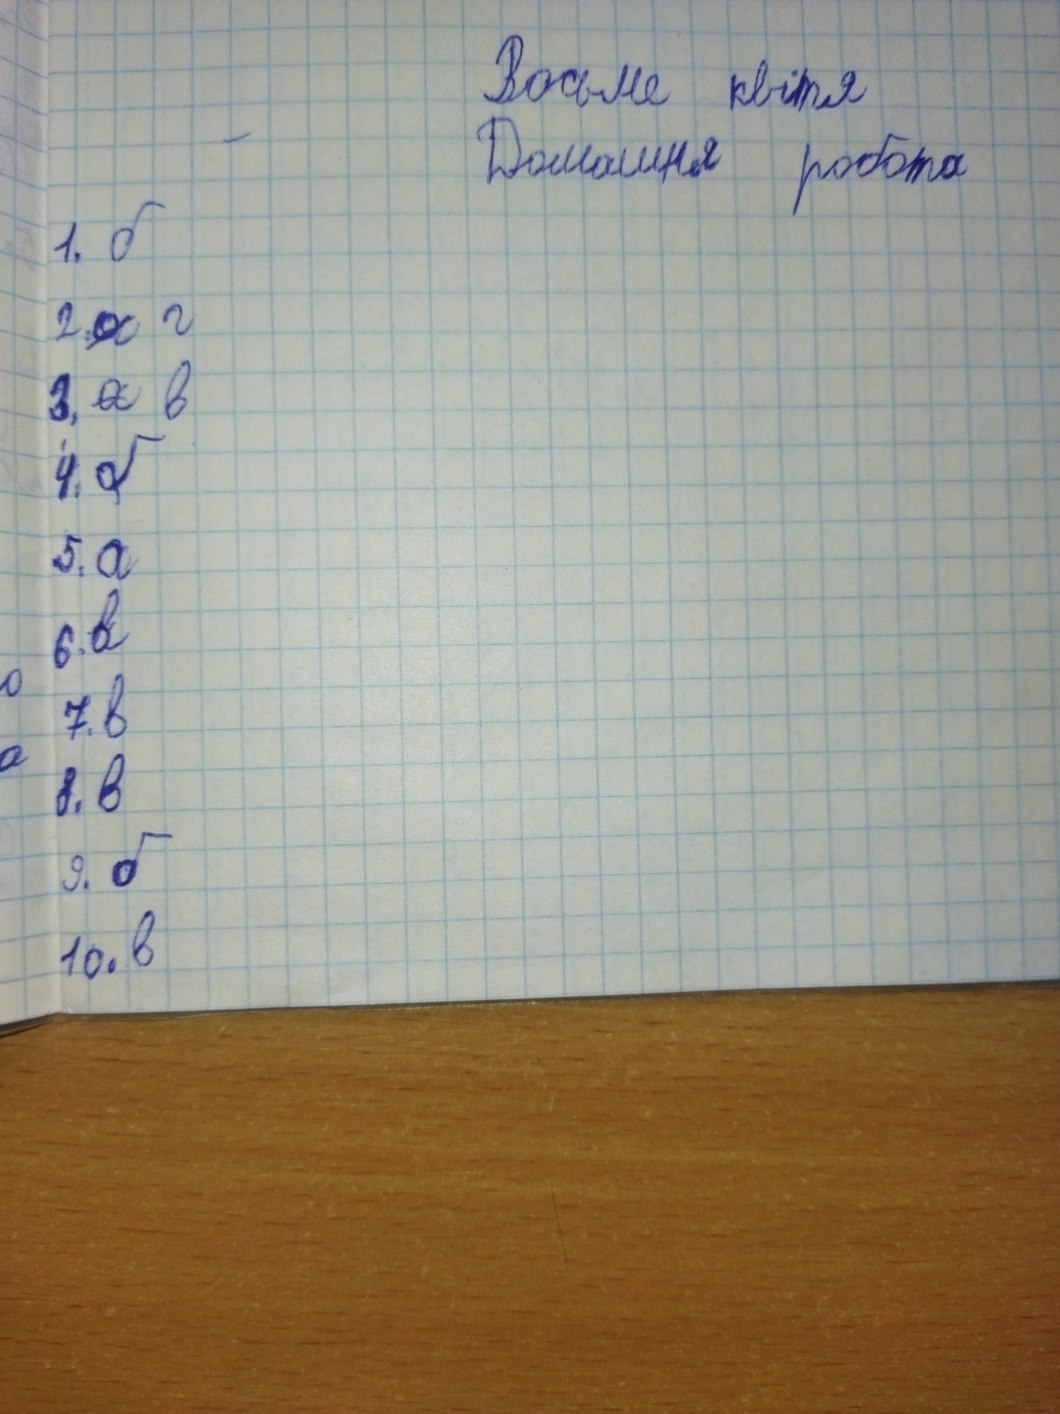
Восьме квітня
Домашня робота
1. б
2.~~а~~ г
3. ~~а~~ в
4. б
5. a
6. в
о
7.в
а
8.в
9. б
10. в